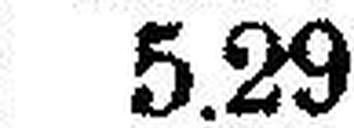
5.29